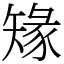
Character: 䂕